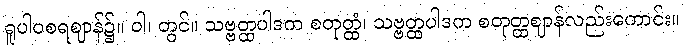
ရူပါဝစရဈာန်၌။ ဝါ၊ တွင်။ သဗ္ဗတ္ထပါဒက စတုတ္ထံ၊ သဗ္ဗတ္ထပါဒက စတုတ္ထဈာန်လည်းကောင်း။